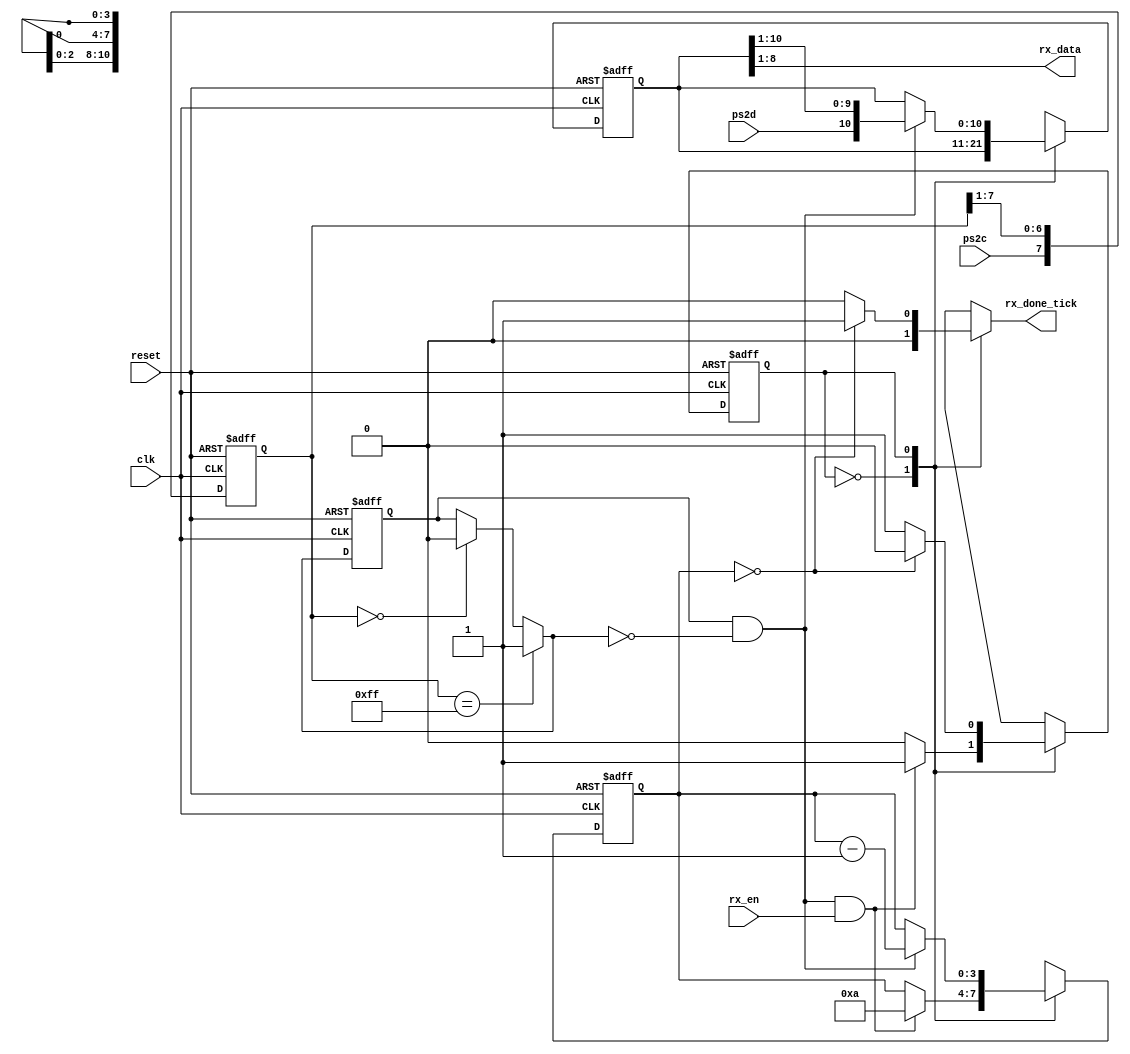
module ps2_rx
    (
        input wire clk, reset, 
        input wire ps2d, ps2c, rx_en,    // ps2 data and clock inputs, receive enable input
        output reg rx_done_tick,         // ps2 receive done tick
        output wire [7:0] rx_data        // data received 
    );
    
    // FSMD state declaration
    localparam 
        idle = 1'b0,
        rx   = 1'b1;
        
    // internal signal declaration
    reg state_reg, state_next;          // FSMD state register
    reg [7:0] filter_reg;               // shift register filter for ps2c
    wire [7:0] filter_next;             // next state value of ps2c filter register
    reg f_val_reg;                      // reg for ps2c filter value, either 1 or 0
    wire f_val_next;                    // next state for ps2c filter value
    reg [3:0] n_reg, n_next;            // register to keep track of bit number 
    reg [10:0] d_reg, d_next;           // register to shift in rx data
    wire neg_edge;                      // negative edge of ps2c clock filter value
    
    // register for ps2c filter register and filter value
    always @(posedge clk, posedge reset)
        if (reset)
        begin
            filter_reg <= 0;
            f_val_reg  <= 0;
        end
        else
        begin
            filter_reg <= filter_next;
            f_val_reg  <= f_val_next;
        end

    // next state value of ps2c filter: right shift in current ps2c value to register
    assign filter_next = {ps2c, filter_reg[7:1]};
    
    // filter value next state, 1 if all bits are 1, 0 if all bits are 0, else no change
    assign f_val_next = (filter_reg == 8'b11111111) ? 1'b1 :
                (filter_reg == 8'b00000000) ? 1'b0 :
                f_val_reg;
    
    // negative edge of filter value: if current value is 1, and next state value is 0
    assign neg_edge = f_val_reg & ~f_val_next;
    
    // FSMD state, bit number, and data registers
    always @(posedge clk, posedge reset)
        if (reset)
        begin
            state_reg <= idle;
            n_reg <= 0;
            d_reg <= 0;
        end
        else
        begin
            state_reg <= state_next;
            n_reg <= n_next;
            d_reg <= d_next;
        end
    
    // FSMD next state logic
    always @*
    begin
        
        // defaults
        state_next = state_reg;
        rx_done_tick = 1'b0;
        n_next = n_reg;
        d_next = d_reg;
        
        case (state_reg)
            
            idle:
                if (neg_edge & rx_en)                 // start bit received
                begin
                    n_next = 4'b1010;             // set bit count down to 10
                    state_next = rx;              // go to rx state
                end
                
            rx:                                           // shift in 8 data, 1 parity, and 1 stop bit
            begin
                if (neg_edge)                         // if ps2c negative edge...
                begin
                    d_next = {ps2d, d_reg[10:1]}; // sample ps2d, right shift into data register
                    n_next = n_reg - 1;           // decrement bit count
                end
            
                if (n_reg==0)                         // after 10 bits shifted in, go to done state
                begin
                     rx_done_tick = 1'b1;         // assert dat received done tick
                     state_next = idle;           // go back to idle
                end
            end
        endcase
    end
        
    assign rx_data = d_reg[8:1]; // output data bits 
endmodule